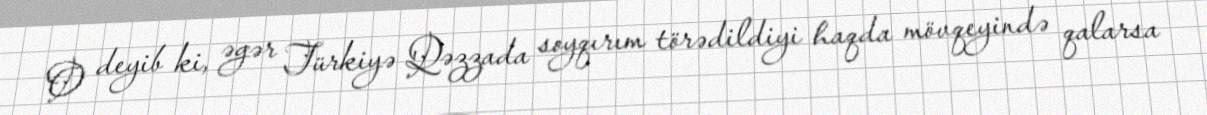
O deyib ki, əgər Türkiyə Qəzzada soyqırım törədildiyi haqda mövqeyində qalarsa